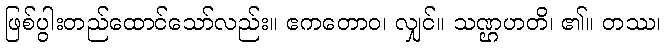
ဖြစ်ပွါးတည်ထောင်သော်လည်း။ ဧကတောဝ၊ လျှင်။ သဏ္ဌဟတိ၊ ၏။ တဿ၊